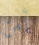
أمن